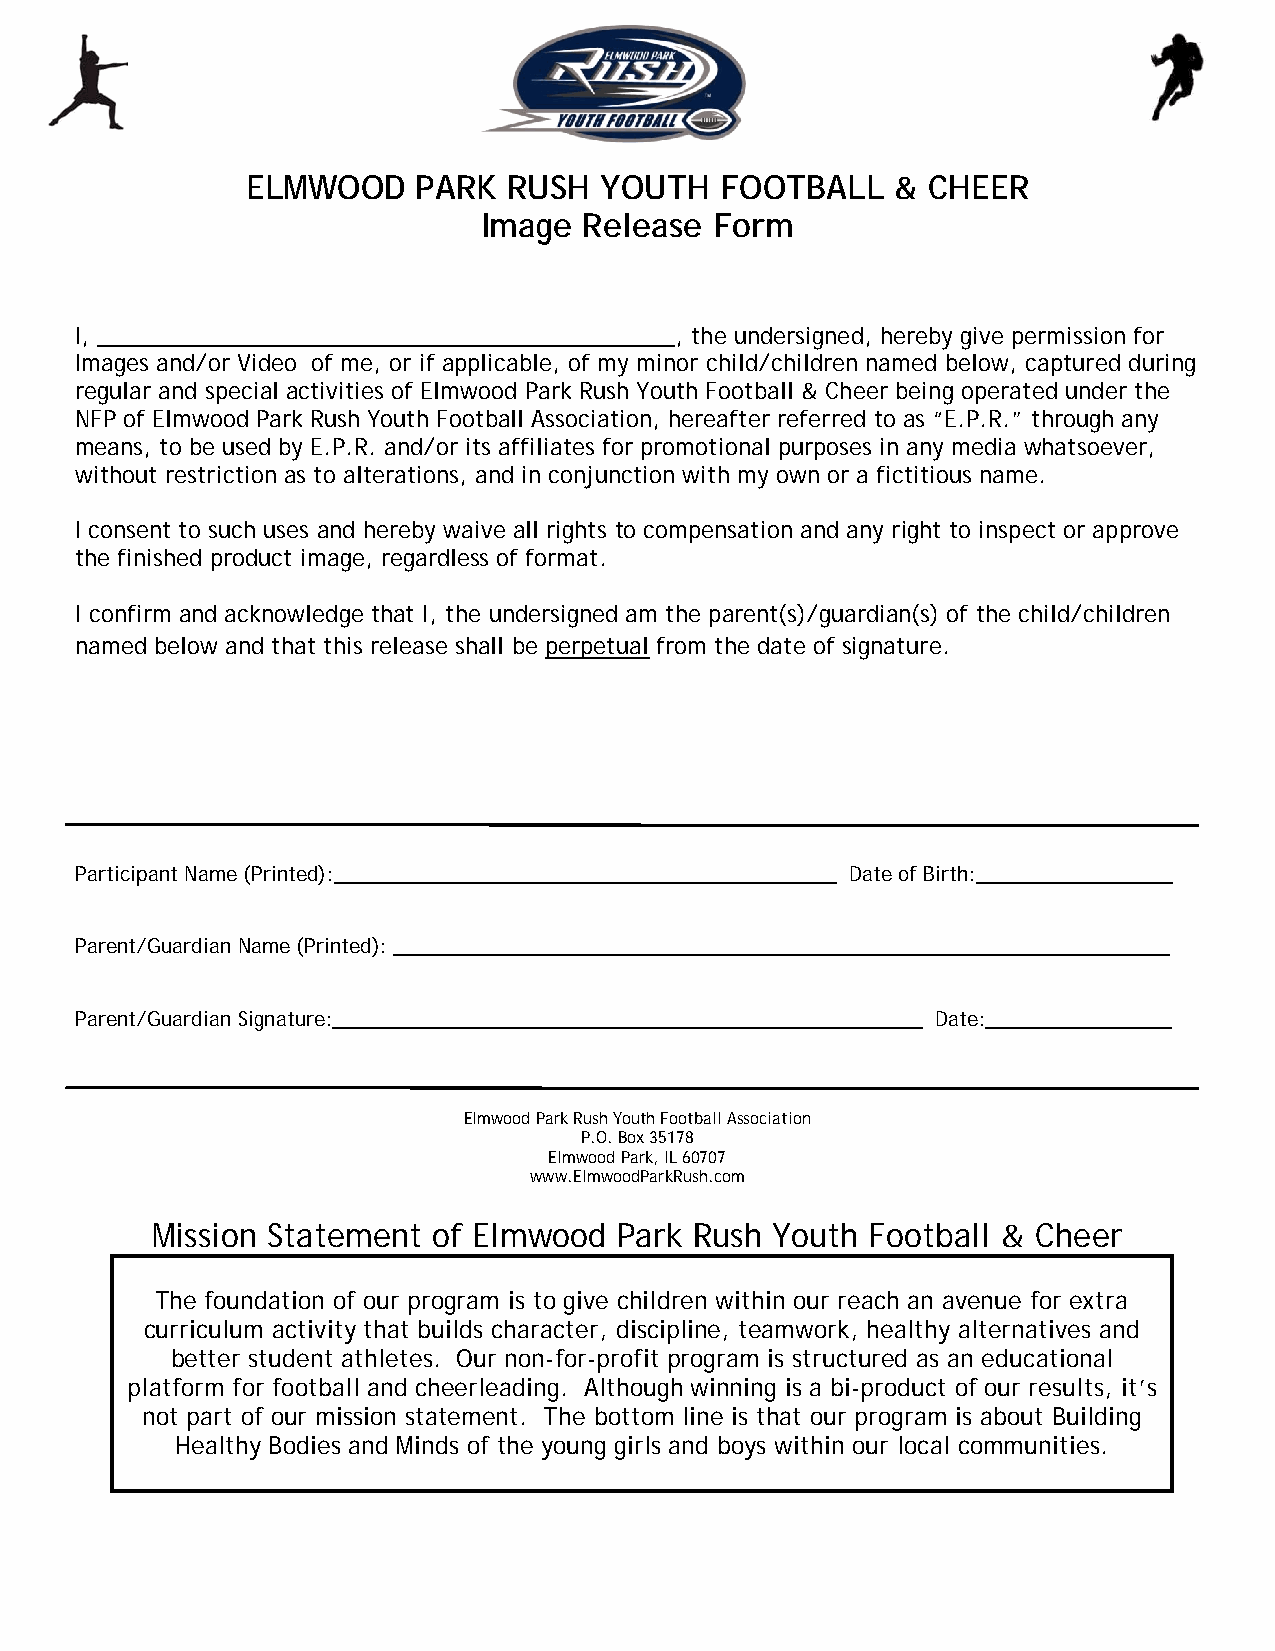
ELMWOOD     PARK  RUSH  YOUTH   FOOTBALL   & CHEER
 Image  Release Form
 I, ______________________________________________, the undersigned, hereby give permission for
 Images and/or Video of me, or if applicable, of my minor child/children named below, captured during
 regular and special activities of Elmwood Park Rush Youth Football & Cheer being operated under the
 NFP of Elmwood Park Rush Youth Football Association, hereafter referred to as “E.P.R.” through any
 means, to be used by E.P.R. and/or its affiliates for promotional purposes in any media whatsoever,
 without restriction as to alterations, and in conjunction with my own or a fictitious name.
 I consent to such uses and hereby waive all rights to compensation and any right to inspect or approve
 the finished product image, regardless of format.
 I confirm and acknowledge that I, the undersigned am the parent(s)/guardian(s) of the child/children
 named below and that this release shall be perpetual from the date of signature.
 Participant Name (Printed):______________________________________________ Date of Birth:__________________
 Parent/Guardian Name (Printed): _______________________________________________________________________
 Parent/Guardian Signature:______________________________________________________ Date:_________________
 Elmwood Park Rush Youth Football Association
 P.O. Box 35178
 Elmwood Park, IL 60707
 www.ElmwoodParkRush.com
 Mission Statement  of Elmwood  Park Rush Youth  Football & Cheer
 The foundation of our program is to give children within our reach an avenue for extra
 curriculum activity that builds character, discipline, teamwork, healthy alternatives and
 better student athletes. Our non-for-profit program is structured as an educational
 platform for football and cheerleading. Although winning is a bi-product of our results, it’s
 not part of our mission statement. The bottom line is that our program is about Building
 Healthy Bodies and Minds of the young girls and boys within our local communities.